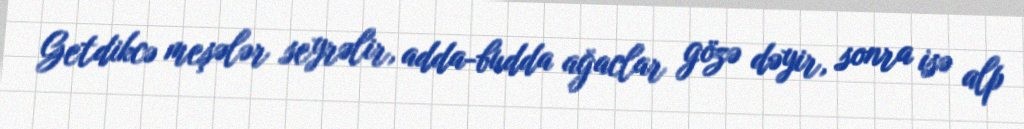
Getdikcə meşələr seyrəlir, adda-budda ağaclar gözə dəyir, sonra isə alp